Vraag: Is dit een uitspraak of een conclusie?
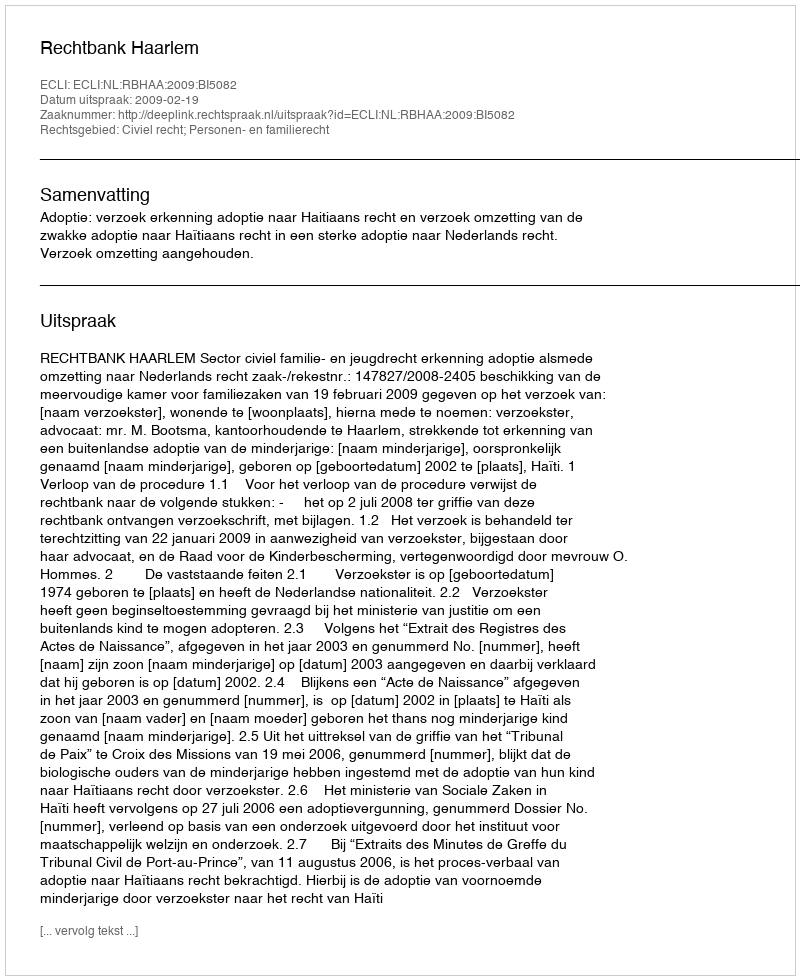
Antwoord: Uitspraak